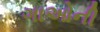
ગાઓની